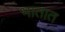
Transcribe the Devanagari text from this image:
भातात